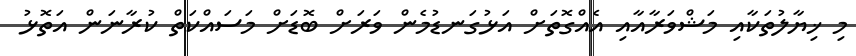
މި ޚިޔާލުތަކާއި މަޝްވަރާއާއި އެއްގޮތަށް އަޅުގަނޑުމެން ވަރަށް ބޮޑަށް މަސައްކަތް ކުރާނަން އަތޮޅު